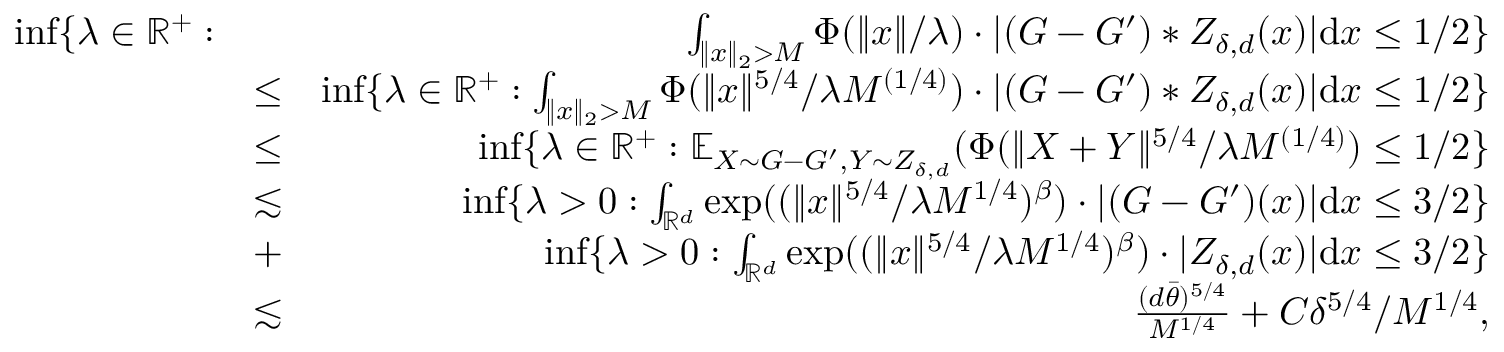
\begin{array} { r l r } { \operatorname* { i n f } \{ \lambda \in \mathbb { R } ^ { + } : } & { } & { \int _ { \| x \| _ { 2 } > M } { \Phi ( \| x \| / \lambda ) \cdot | ( G - G ^ { \prime } ) \ast Z _ { \delta , d } ( x ) | \mathrm { d } x } \leq 1 / 2 \} } \\ & { \leq } & { \operatorname* { i n f } \{ \lambda \in \mathbb { R } ^ { + } : \int _ { \| x \| _ { 2 } > M } { \Phi ( \| x \| ^ { 5 / 4 } / \lambda M ^ { ( 1 / 4 ) } ) \cdot | ( G - G ^ { \prime } ) \ast Z _ { \delta , d } ( x ) | \mathrm { d } x } \leq 1 / 2 \} } \\ & { \leq } & { \operatorname* { i n f } \{ \lambda \in \mathbb { R } ^ { + } : \mathbb { E } _ { X \sim G - G ^ { \prime } , Y \sim Z _ { \delta , d } } ( \Phi ( \| X + Y \| ^ { 5 / 4 } / \lambda M ^ { ( 1 / 4 ) } ) \leq 1 / 2 \} } \\ & { \lesssim } & { \operatorname* { i n f } \{ \lambda > 0 : \int _ { \mathbb { R } ^ { d } } { \exp ( ( \| x \| ^ { 5 / 4 } / \lambda M ^ { 1 / 4 } ) ^ { \beta } ) \cdot | ( G - G ^ { \prime } ) ( x ) | \mathrm { d } x } \leq 3 / 2 \} } \\ & { + } & { \operatorname* { i n f } \{ \lambda > 0 : \int _ { \mathbb { R } ^ { d } } { \exp ( ( \| x \| ^ { 5 / 4 } / \lambda M ^ { 1 / 4 } ) ^ { \beta } ) \cdot | Z _ { \delta , d } ( x ) | \mathrm { d } x } \leq 3 / 2 \} } \\ & { \lesssim } & { \frac { ( d \bar { \theta } ) ^ { 5 / 4 } } { M ^ { 1 / 4 } } + C \delta ^ { 5 / 4 } / M ^ { 1 / 4 } , } \end{array}